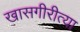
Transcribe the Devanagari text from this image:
खासगीरीत्या